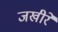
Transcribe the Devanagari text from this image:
जखीरें